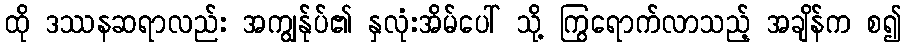
ထို ဒဿနဆရာလည်း အကျွန်ုပ်၏ နှလုံးအိမ်ပေါ် သို့ ကြွရောက်လာသည့် အချိန်က စ၍